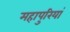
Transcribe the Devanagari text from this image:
महापुरियां